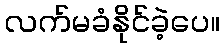
လက်မခံနိုင်ခဲ့ပေ။